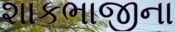
શાકભાજીના